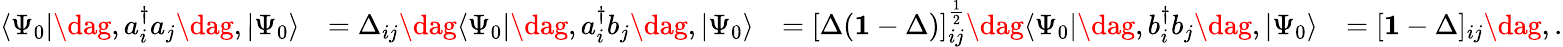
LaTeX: \begin{array}{rlrl}{\langle\Psi_{0}|\dag,a_{i}^{\dagger}a_{j}\dag,|\Psi_{0}\rangle}&{=\Delta_{ij}\dag\langle\Psi_{0}|\dag,a_{i}^{\dagger}b_{j}\dag,|\Psi_{0}\rangle}&{=[\Delta(\mathbf{1}-\Delta)]_{ij}^{\frac{1}{2}}\dag\langle\Psi_{0}|\dag,b_{i}^{\dagger}b_{j}\dag,|\Psi_{0}\rangle}&{=[\mathbf{1}-\Delta]_{ij}\dag,.}\end{array}